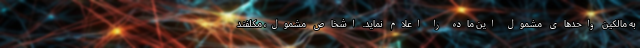
به مالکین واحدهای مشمول این ماده را اعلام نماید. اشخاص مشمول، مکلفند